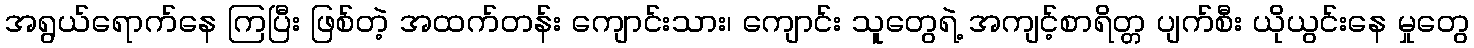
အရွယ်ရောက်နေ ကြပြီး ဖြစ်တဲ့ အထက်တန်း ကျောင်းသား၊ ကျောင်း သူတွေရဲ့ အကျင့်စာရိတ္တ ပျက်စီး ယိုယွင်းနေ မှုတွေ